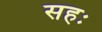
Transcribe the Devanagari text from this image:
सहः